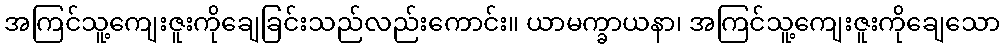
အကြင်သူ့ကျေးဇူးကိုချေခြင်းသည်လည်းကောင်း။ ယာမက္ခာယနာ၊ အကြင်သူ့ကျေးဇူးကိုချေသော